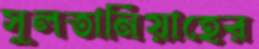
সুলতানিয়াহের